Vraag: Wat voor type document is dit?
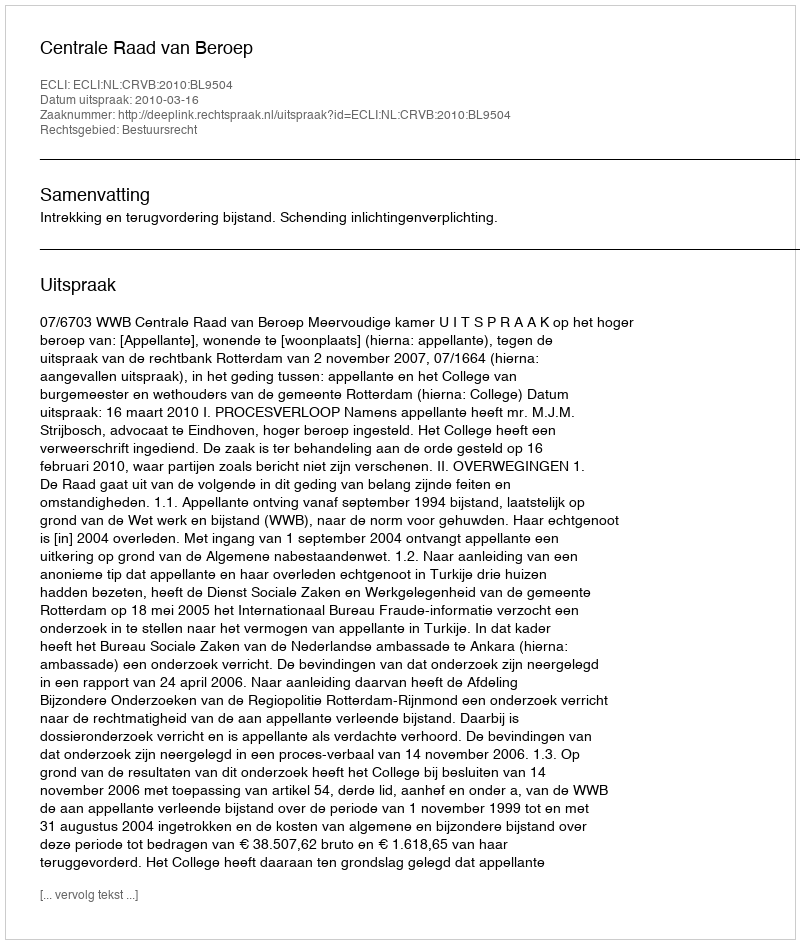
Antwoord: Uitspraak